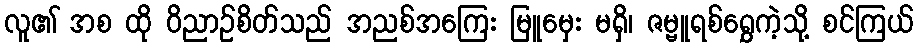
လူ၏ အစ ထို ဝိညာဉ်စိတ်သည် အညစ်အကြေး မြူမှေး မရှိ၊ ဇမ္ဗူရစ်ရွှေကဲ့သို့ စင်ကြယ်